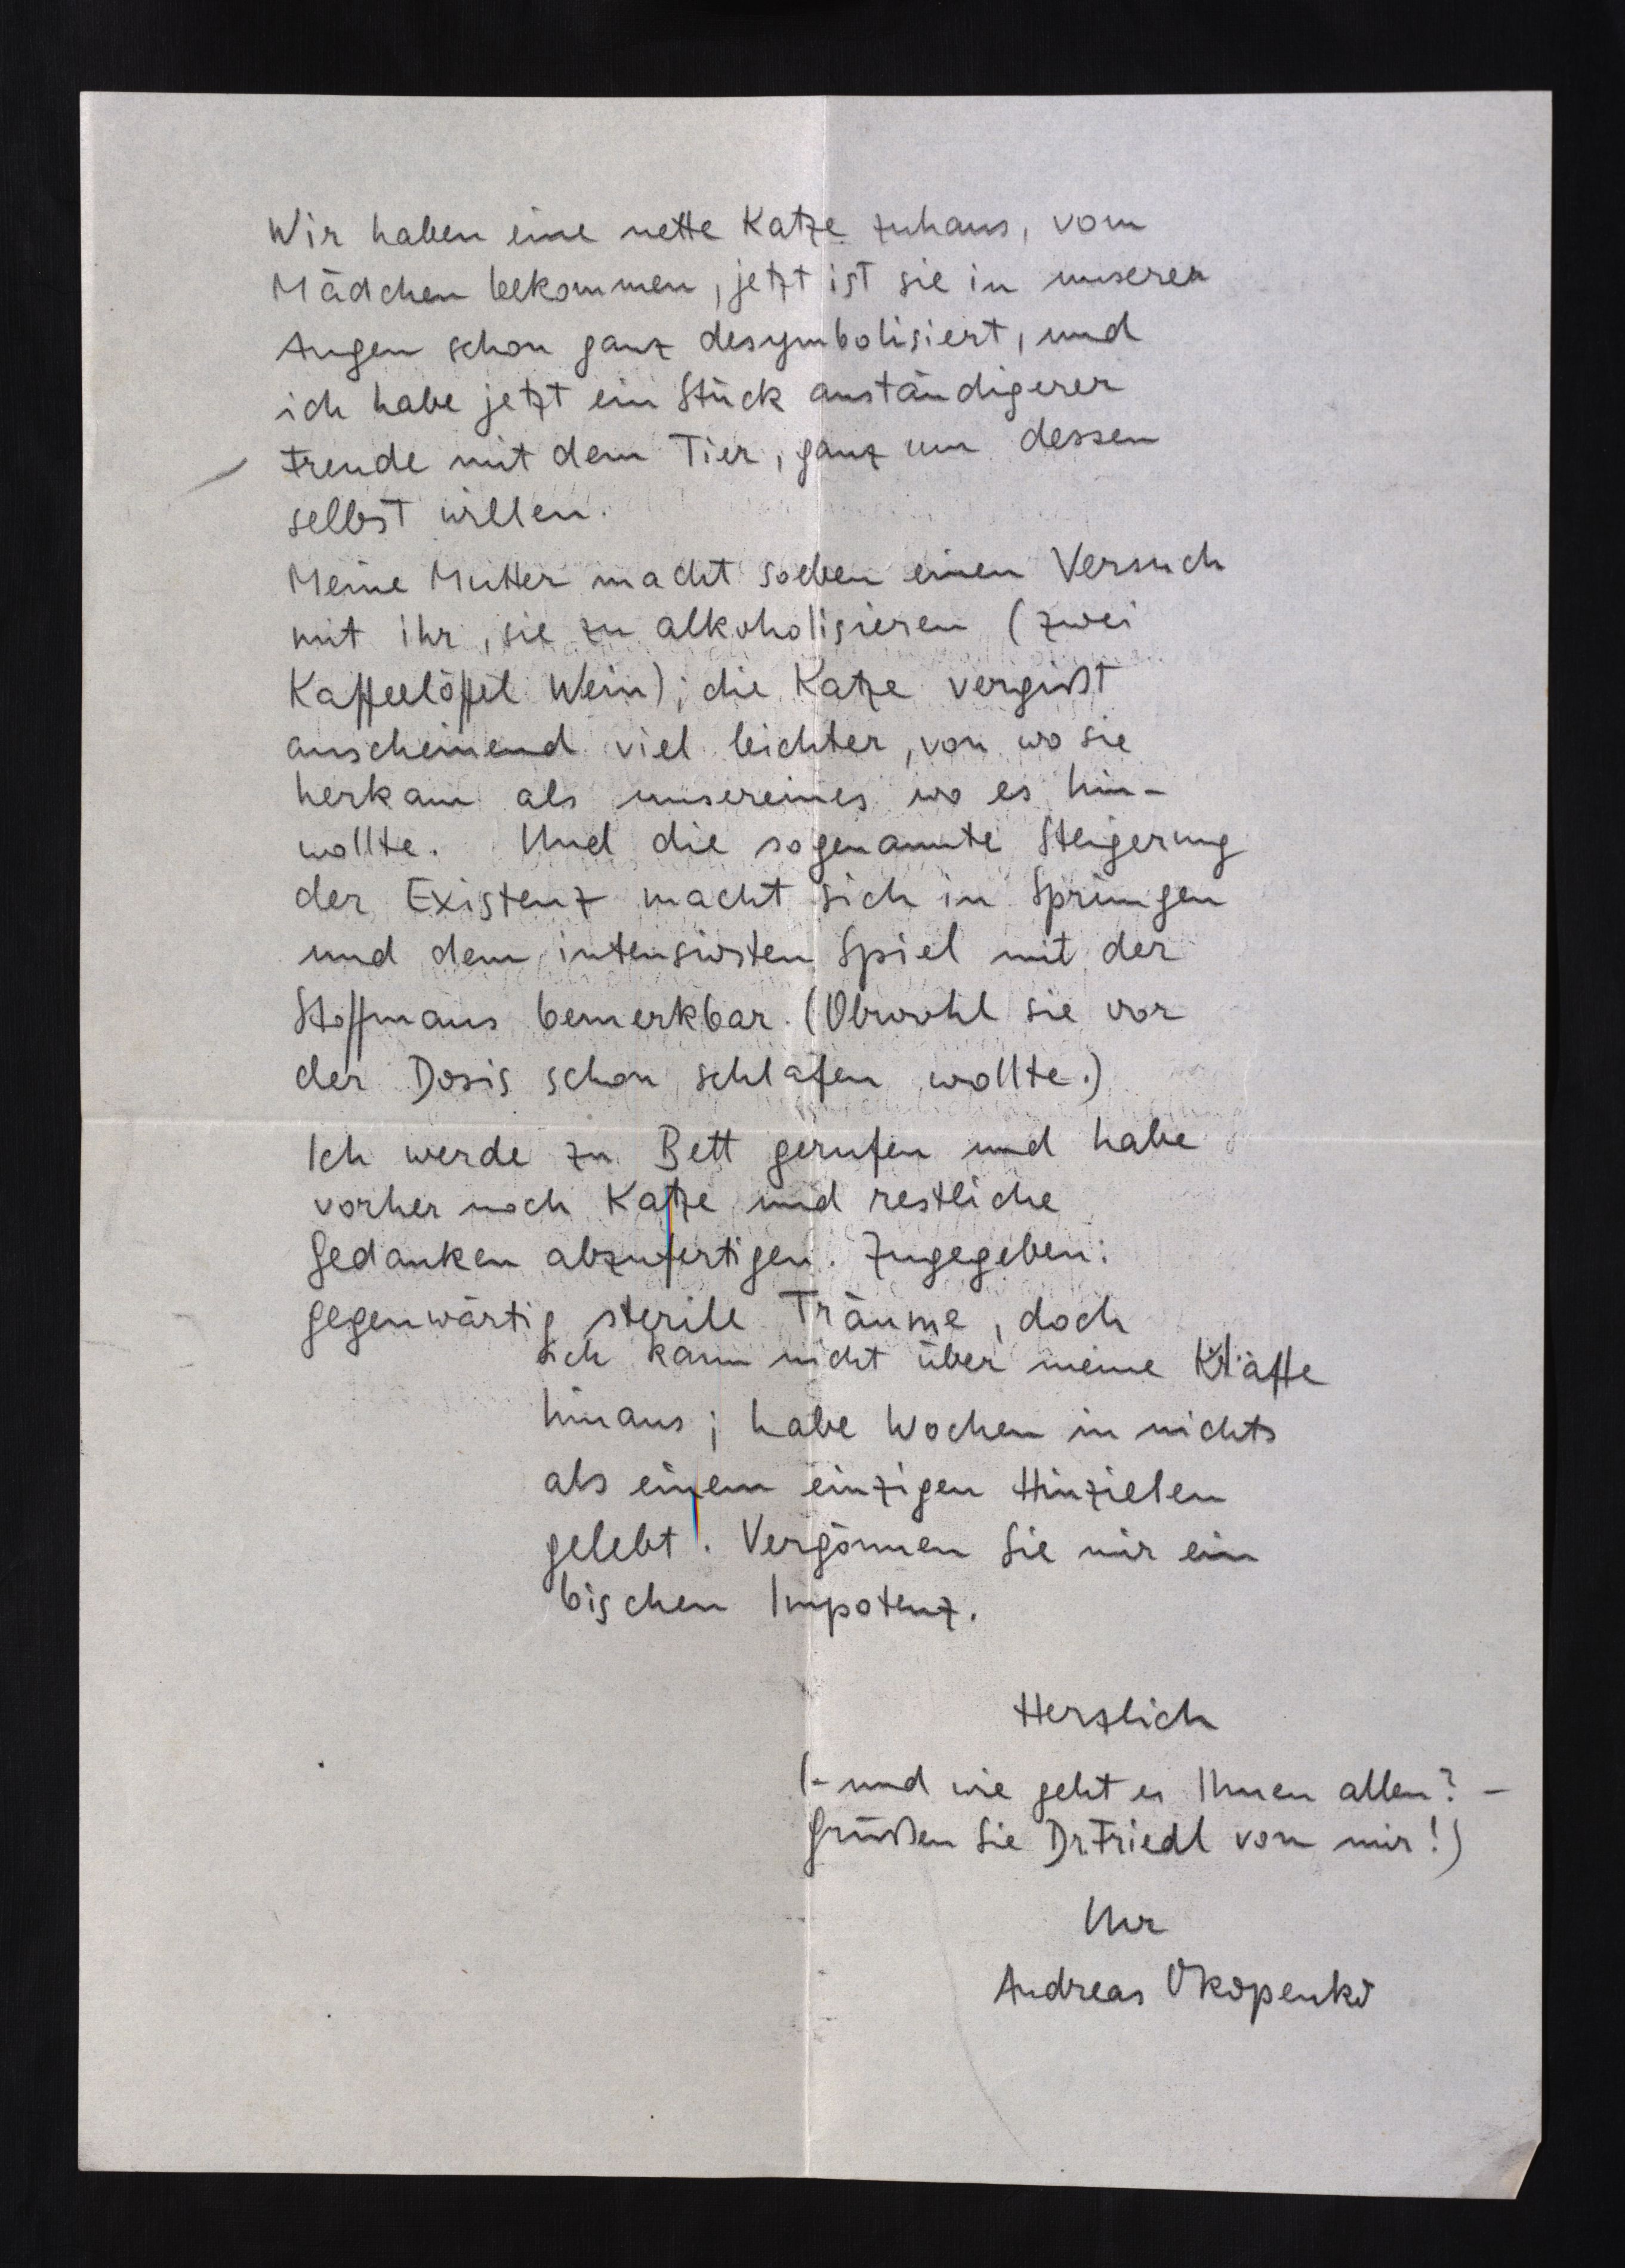
Wir haben eine nette Katze zuhaus, vom
Mädchen bekommen, jetzt ist sie in unserern
Augen schon ganz desymbolisiert, und
ich habe jetzt ein Stück anständigerer
Freude mit dem Tier, ganz um dessen
selbst willen.
Meine Mutter macht soeben einen Versuch
mit ihr, sie zu alkoholisieren (zwei
Kaffeelöffel Wein); die Katze vergißt
anscheinend viel leichter, von wo sie
herkam als unsereines wo es hin¬
wollte. Und die sogenannte Steigerung
der Existenz macht sich im Springen
und dem intensivsten Spiel mit der
Stoffmaus bemerkbar. (Obwohl sie vor
der Dosis schon schlafen wollte.)
Ich werde zu Bett gerufen und habe
Regenbogenstreifen - nachscannen
Gedanken abzufertigen. Zugegeben:
gegenwärtig sterile Träume, doch
ich kann nicht über meine Kräfte
hinaus; habe Wochen in nichts
als einem einzigen Hinzielen
gelebt. Vergönnen Sie mir ein
bischen Impotenz.
Herzlich
(- und wie geht es Ihnen allen? -
Grüßen Sie Dr. Friedl von mir!)
Ihr
Andreas Okopenko